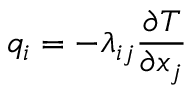
q _ { i } = - \lambda _ { i j } { \frac { \partial T } { \partial x _ { j } } }